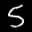
Digit: 5